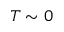
T \sim 0